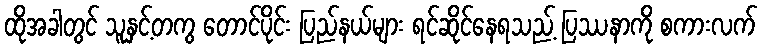
ထိုအခါတွင် သူနှင့်တကွ တောင်ပိုင်း ပြည်နယ်များ ရင်ဆိုင်နေရသည့် ပြဿနာကို စကားလက်